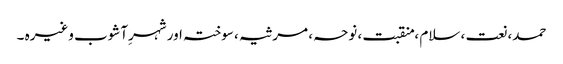
حمد، نعت ، سلام ، منقبت ، نوحہ ، مرثیہ ، سوختہ اور شہرِآشوب وغیرہ ۔